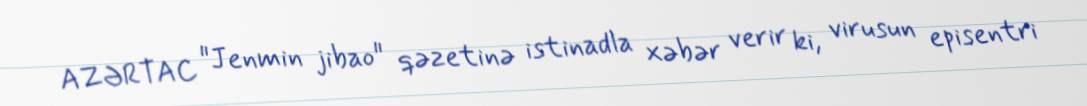
AZƏRTAC "Jenmin jibao" qəzetinə istinadla xəbər verir ki, virusun episentri